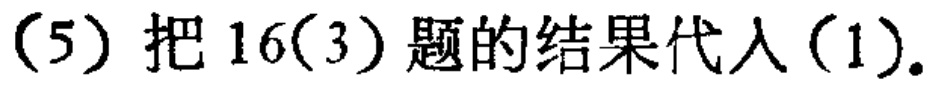
(5) 把 16(3) 题的结果代入 (1).